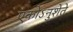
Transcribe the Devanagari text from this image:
एकोऽनुशेते